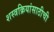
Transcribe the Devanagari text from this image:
शस्त्रक्रियांसाठीची